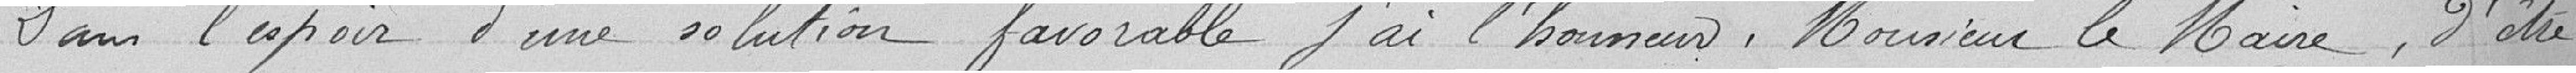
Dans l'espoir d'une solution favorable, j'ai l'honneur, Monsieur le Maire, d'être